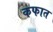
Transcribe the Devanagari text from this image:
कफात